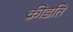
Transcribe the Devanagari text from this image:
क्रीडति